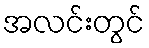
အလင်းတွင်